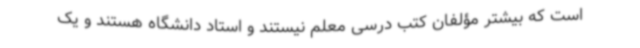
است که بیشتر مؤلفان کتب درسی معلم نیستند و استاد دانشگاه هستند و یک